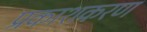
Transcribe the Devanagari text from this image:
प्रकाशकरण